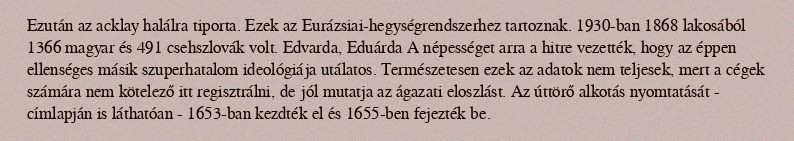
Ezután az acklay halálra tiporta. Ezek az Eurázsiai-hegységrendszerhez tartoznak. 1930-ban 1868 lakosából 1366 magyar és 491 csehszlovák volt. Edvarda, Eduárda A népességet arra a hitre vezették, hogy az éppen ellenséges másik szuperhatalom ideológiája utálatos. Természetesen ezek az adatok nem teljesek, mert a cégek számára nem kötelező itt regisztrálni, de jól mutatja az ágazati eloszlást. Az úttörő alkotás nyomtatását - címlapján is láthatóan - 1653-ban kezdték el és 1655-ben fejezték be.